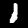
Label: 1